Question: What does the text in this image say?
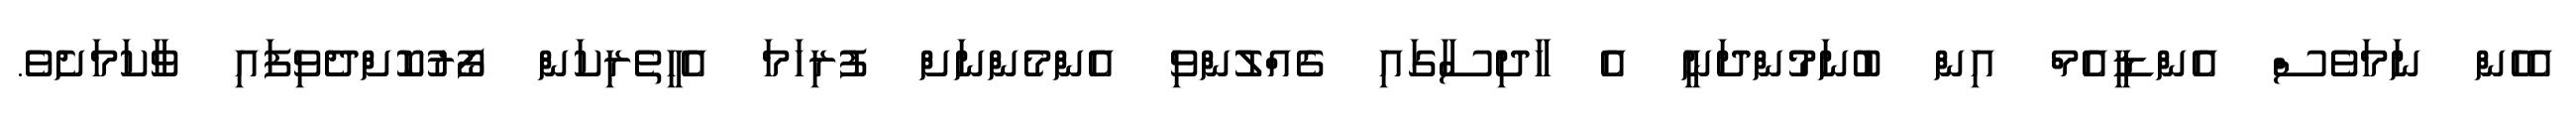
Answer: އެހެން ނަމަވެސް އެންޑީއެމް އިން ބުނަމުންދަނީ އެ ހާދިސާގައި ގެއްލުންވި އެންމެންނަށް ފުރިހަމަ އެހީތެރިކަން ފޯރުކޮށްދެވިފައި ވާކަމަށެވެ.